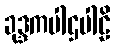
ခုဒ္ဒကပါဌပါဠိ